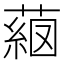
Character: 𦸖